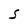
Character: S